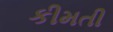
કીમતી